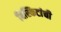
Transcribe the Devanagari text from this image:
बिस्किटांची